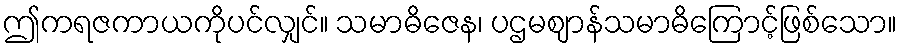
ဤကရဇကာယကိုပင်လျှင်။ သမာဓိဇေန၊ ပဌမဈာန်သမာဓိကြောင့်ဖြစ်သော။